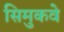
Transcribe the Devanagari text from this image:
सिमुकवे